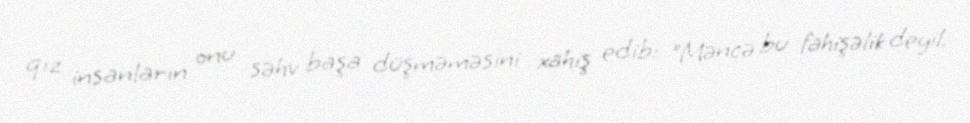
qız insanların onu səhv başa düşməməsini xahiş edib: "Məncə bu fahişəlik deyil.